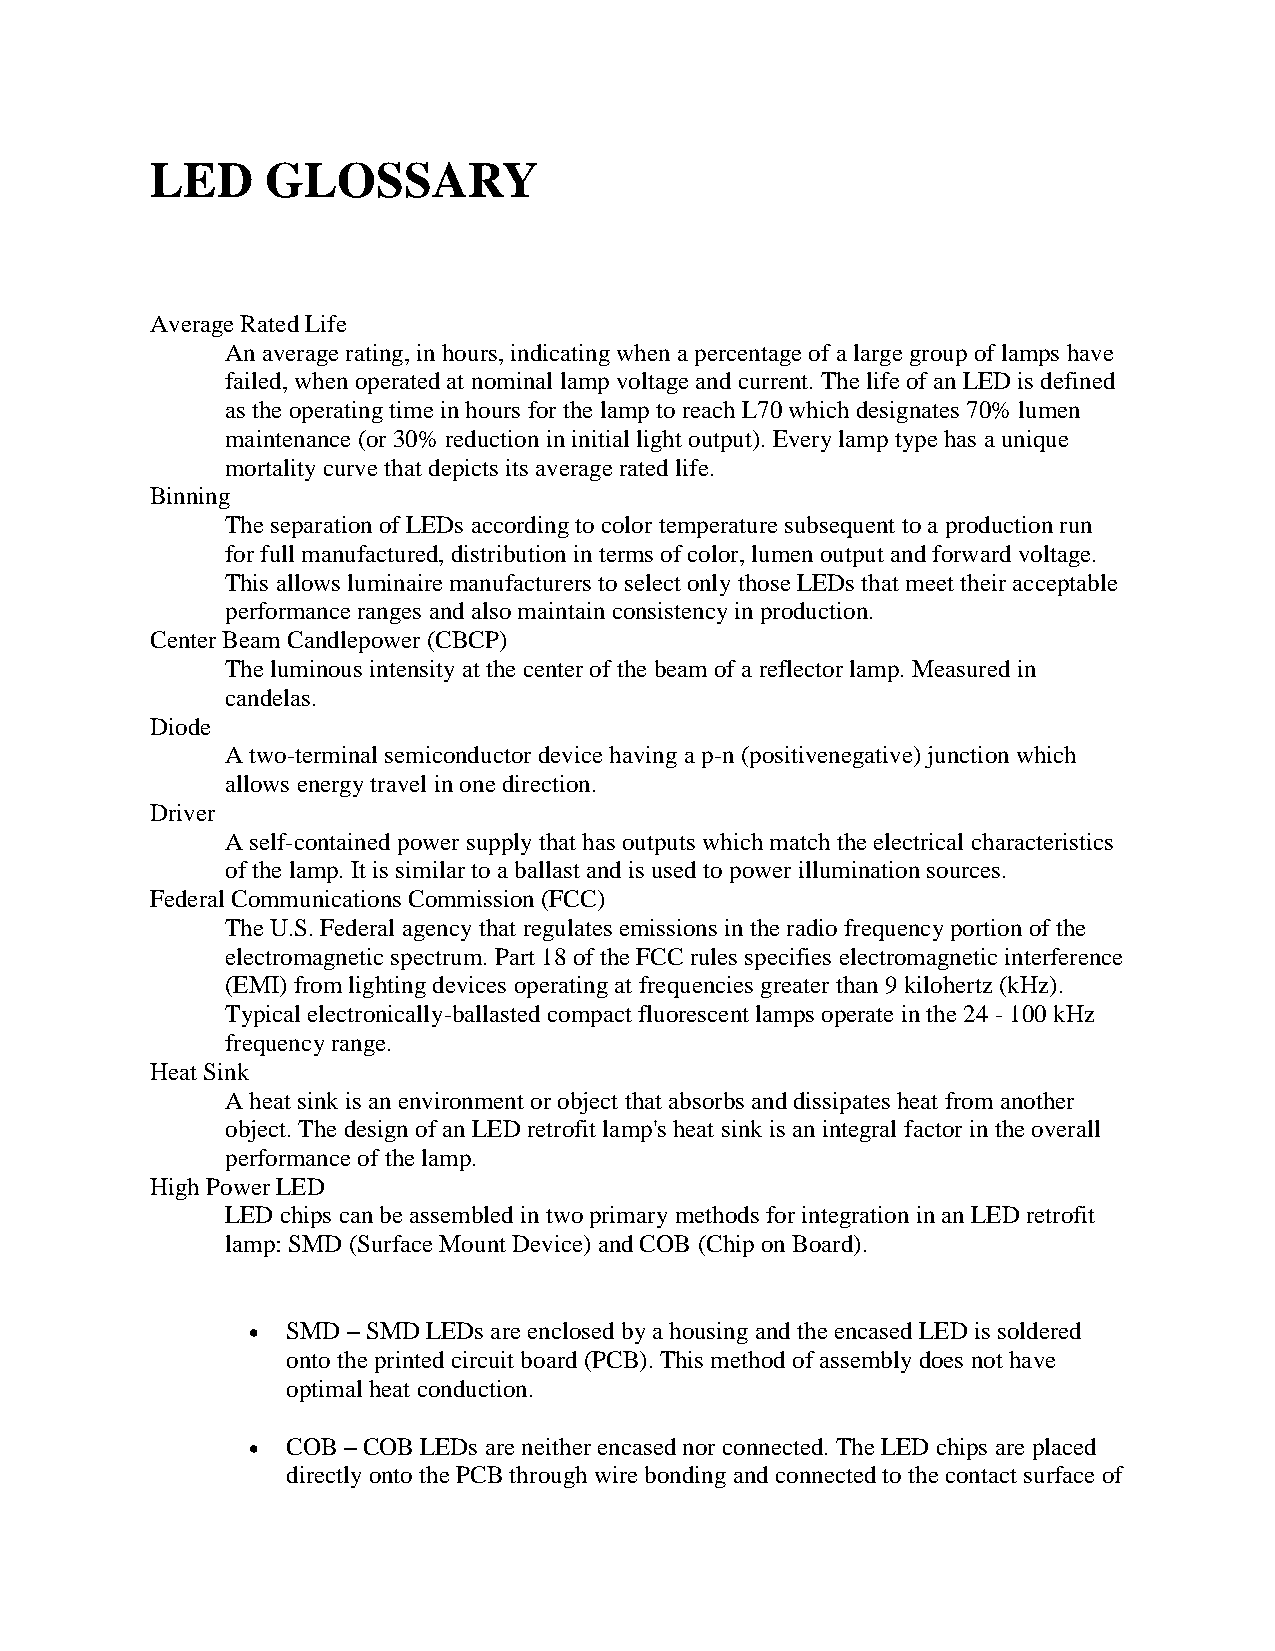
LED     GLOSSARY
 Average Rated Life
 An average rating, in hours, indicating when a percentage of a large group of lamps have
 failed, when operated at nominal lamp voltage and current. The life of an LED is defined
 as the operating time in hours for the lamp to reach L70 which designates 70% lumen
 maintenance (or 30% reduction in initial light output). Every lamp type has a unique
 mortality curve that depicts its average rated life.
 Binning
 The separation of LEDs according to color temperature subsequent to a production run
 for full manufactured, distribution in terms of color, lumen output and forward voltage.
 This allows luminaire manufacturers to select only those LEDs that meet their acceptable
 performance ranges and also maintain consistency in production.
 Center Beam Candlepower (CBCP)
 The luminous intensity at the center of the beam of a reflector lamp. Measured in
 candelas.
 Diode
 A two-terminal semiconductor device having a p-n (positivenegative) junction which
 allows energy travel in one direction.
 Driver
 A self-contained power supply that has outputs which match the electrical characteristics
 of the lamp. It is similar to a ballast and is used to power illumination sources.
 Federal Communications Commission (FCC)
 The U.S. Federal agency that regulates emissions in the radio frequency portion of the
 electromagnetic spectrum. Part 18 of the FCC rules specifies electromagnetic interference
 (EMI) from lighting devices operating at frequencies greater than 9 kilohertz (kHz).
 Typical electronically-ballasted compact fluorescent lamps operate in the 24 - 100 kHz
 frequency range.
 Heat Sink
 A heat sink is an environment or object that absorbs and dissipates heat from another
 object. The design of an LED retrofit lamp's heat sink is an integral factor in the overall
 performance of the lamp.
 High Power LED
 LED chips can be assembled in two primary methods for integration in an LED retrofit
 lamp: SMD (Surface Mount Device) and COB (Chip on Board).
   SMD – SMD LEDs are enclosed by a housing and the encased LED is soldered
 onto the printed circuit board (PCB). This method of assembly does not have
 optimal heat conduction.
   COB – COB LEDs are neither encased nor connected. The LED chips are placed
 directly onto the PCB through wire bonding and connected to the contact surface of